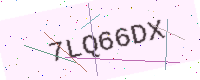
Text: 7LQ66DX